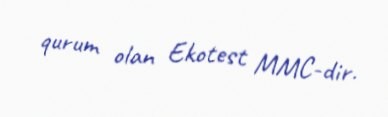
qurum olan Ekotest MMC-dir.